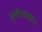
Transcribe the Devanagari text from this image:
पुनीतपावन